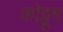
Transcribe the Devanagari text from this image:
कोट्टूम